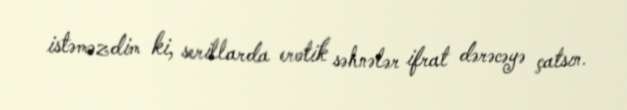
istəməzdim ki, serillarda erotik səhnələr ifrat dərəcəyə çatsın.